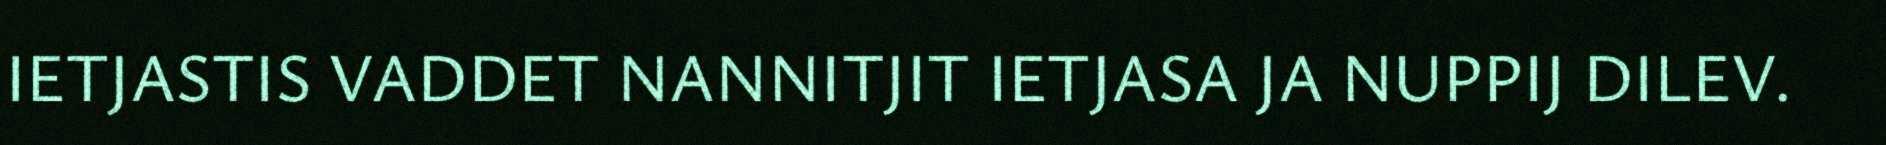
IETJASTIS VADDET NANNITJIT IETJASA JA NUPPIJ DILEV.